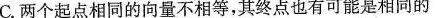
C.两个起点相同的向量不相等，其终点也有可能是相同的